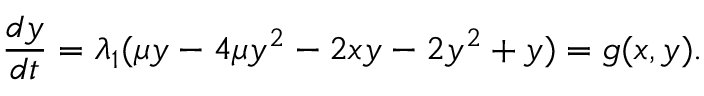
\frac { d y } { d t } = \lambda _ { 1 } ( \mu y - 4 \mu y ^ { 2 } - 2 x y - 2 y ^ { 2 } + y ) = g ( x , y ) .